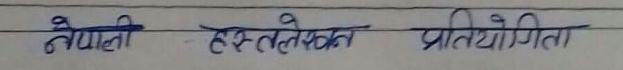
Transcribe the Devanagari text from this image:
नेपाली हस्तलिखित प्रतियोगिता